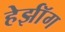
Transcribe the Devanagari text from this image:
हेर्झॉग